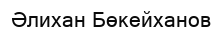
Әлихан Бөкейханов